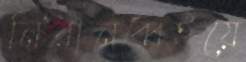
নিরানব্বইয়ে